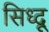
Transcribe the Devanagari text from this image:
सिध्दू